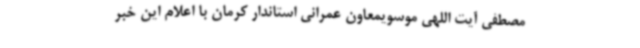
مصطفی آیت اللهی موسویمعاون عمرانی استاندار کرمان با اعلام این خبر